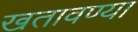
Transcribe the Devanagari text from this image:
खतावण्या